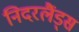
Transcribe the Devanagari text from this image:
निदरलैंड्स